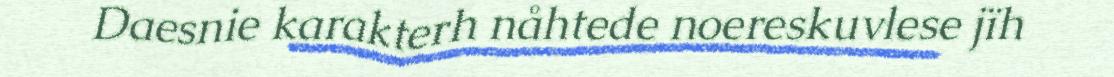
Daesnie karakterh nåhtede noereskuvlese jïh